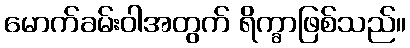
မောက်ခမ်းဝါအတွက် ရိက္ခာဖြစ်သည်။